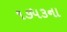
૧૭૫૩ના